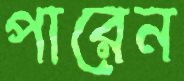
পারেন